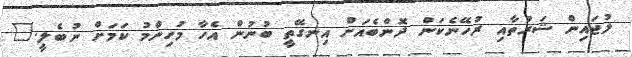
ލުޖައިން ޝަރުތާއި ރުހޭނެކަން ދޮންބެއަށް އިނގޭތީ ބުނުން އެހާ މުހިންމު ކަމަށް ނުބެލީ."